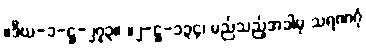
။ဒီဃ-၁-ဋ္ဌ-၂၇၃။ ။၂-ဋ္ဌ-၁၃၄၊ မည်သည့်အခါမှ သရဏဂုံ